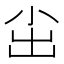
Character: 𱚤